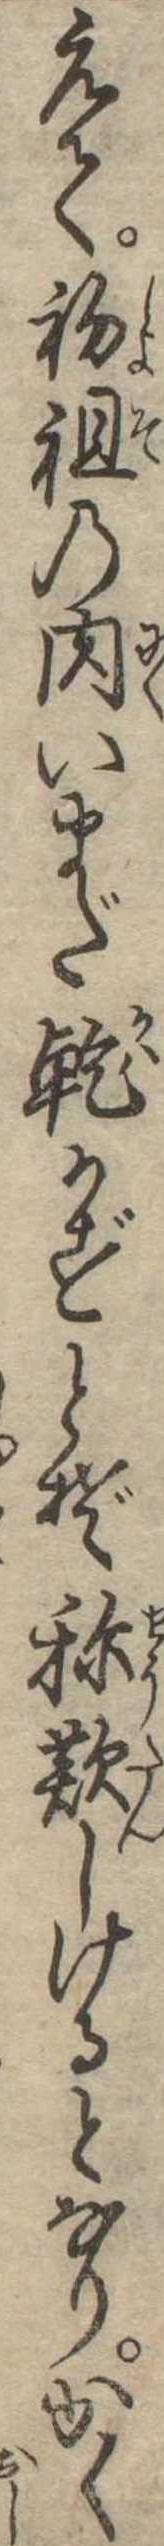
えて初祖の肉いまだ乾かずとぞ称歎しけるとなりかく